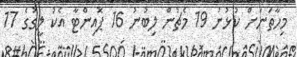
މިހާތަނަށް ކުޅުނު 19 މެޗުން ލިބުނު 16 ޕޮއިންޓާ އެކު ލީގުގެ 17